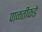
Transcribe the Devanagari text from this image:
पाळतीकडे